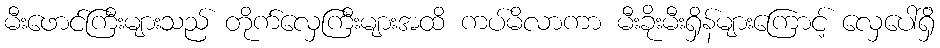
မီးဖောင်ကြီးများသည် တိုက်လှေကြီးများအထိ ကပ်မိလာကာ မီးခိုးမီးရှိန်များကြောင့် လှေပေါ်ရှိ